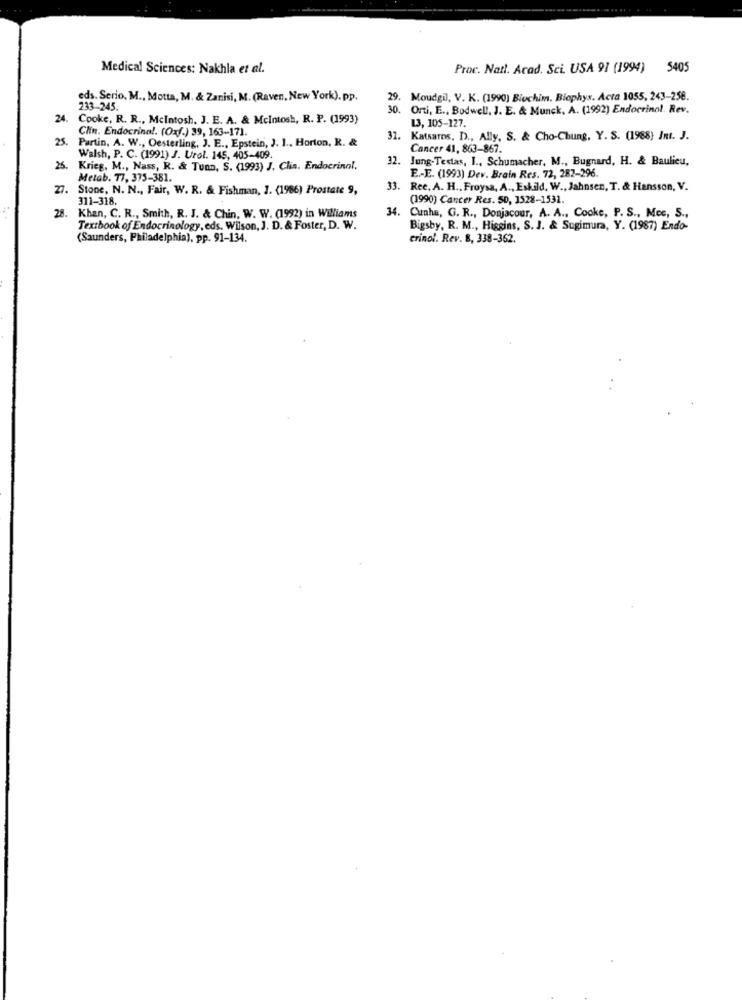
Medical Sciences: Nakhla et al.
Proc. Natt. Acad. Sci. USA 91 (1994) 5405
eds. Serio, M ., Motta, M. & Zanisi, M. (Raven, New York), pp.
29. Moudgil, V. K. (1990) Blochim. Biophys. Acta 1055, 243-258.
233-245.
30. Orti, E ., Bodwell, J. E. & Munck, A. (1992) Endocrinol. Rev.
24.
Cooke, R. R ., Mcintosh, J. E. A. & Mcintosh, R. P. (1993)
13, 105-127.
Clin. Endocrina !. (Oxf.) 39, 163-171.
25. Partin, A. W ., Oesterling, J. E ., Epstein, J. 1 ., Horton, R. &
31.
Katsaros, D ., Ally, S. & Cho-Chung, Y. S. (1988) Int. J.
Cancer 41, 863-867.
Walsh, P. C. (1991) J. Urol. 145, 405-409.
32.
Jung-Testas, I ., Schumacher, M ., Bugnard, H. & Baulieu,
25.
Krieg, M ., Nass, R. & Tunn, S. (1993) J. Clia. Endocrinol.
Metab. 77, 375-381.
E .- E. (1993) Dev. Brain Res. 72, 287-296.
27.
Stone, N. N ., Fair, W. R. & Fishman, J. (1986) Prostate 9,
33. Ree, A. H ., Froysa, A ., Eskild, W ., Jahnsen, T. & Hansson, V.
311-318.
(1990) Cancer Res. 50, 1528-1531.
34.
28. Khan, C. R ., Smith, R. J. & Chin, W. W. (1992) in Williams
Cunha, G. R ., Donjacour, A. A ., Cooke, P. S ., Mec, S .,
Textbook of Endocrinology, eds. Wilson, J. D. & Foster, D. W.
Bigsby, R. M ., Higgins, S.J. & Sugimura, Y. (1987) Endo-
(Saunders, Philadelphia), pp. 91-134.
crinol. Rev. 8, 338-362.